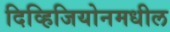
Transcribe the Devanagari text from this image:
दिव्हिजियोनमधील